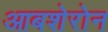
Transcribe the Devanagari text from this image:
आबशेरोन